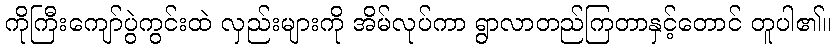
ကိုကြီးကျော်ပွဲကွင်းထဲ လှည်းများကို အိမ်လုပ်ကာ ရွာလာတည်ကြတာနှင့်တောင် တူပါ၏။